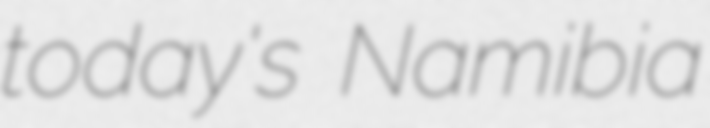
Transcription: today's Namibia